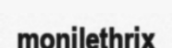
monilethrix